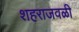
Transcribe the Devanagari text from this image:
शहराजवळी